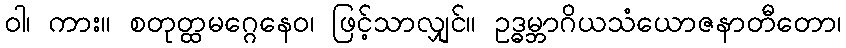
ဝါ၊ ကား။ စတုတ္ထမဂ္ဂေနေဝ၊ ဖြင့်သာလျှင်။ ဥဒ္ဓမ္ဘာဂိယသံယောဇနာတီတော၊